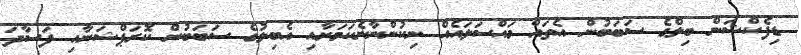
ޑިފެކްޝަން ބިލްގެ ސަބަބުން އެތައް މައްސަލައެއް ނިކުންނާނެކަމަށާއި އެބިލުގެ ސަބަބުން ކޮރަޕްޝަނާއި ފަސާދަ